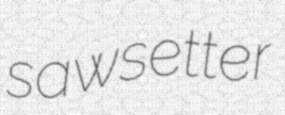
sawsetter